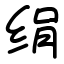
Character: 绢